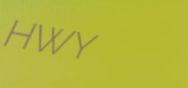
HWY